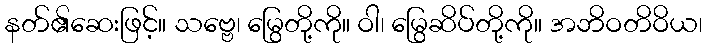
နတ်၏ဆေးဖြင့်။ သဗ္ဗေ၊ မြွေတို့ကို။ ဝါ၊ မြွေဆိပ်တို့ကို။ အဘိဝတိဝိယ၊